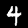
Label: 4